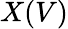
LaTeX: X(V)